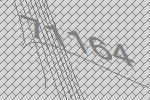
71164